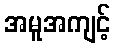
အမူအကျင့်